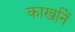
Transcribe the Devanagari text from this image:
कार्खानें